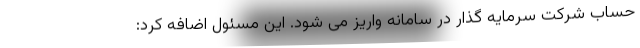
حساب شرکت سرمایه گذار در سامانه واریز می شود. این مسئول اضافه کرد: